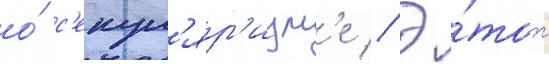
о́ с'екул'яр'изм'е // Э́тот